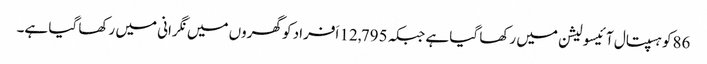
86کو ہسپتال آئیسولیشن میں رکھا گیا ہے جبکہ 12,795 اَفراد کو گھروں میں نگرانی میں رکھا گیا ہے۔